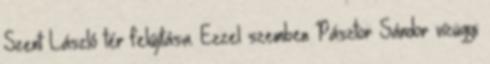
Szent László tér felújítása. Ezzel szemben Pásztor Sándor vízügyi